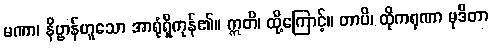
မဏာ၊ နိဗ္ဗာန်ဟူသော အာရုံရှိကုန်၏။ ဣတိ၊ ထို့ကြောင့်။ တာပိ၊ ထိုကရုဏာ မုဒိတာ